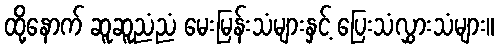
ထို့နောက် ဆူဆူညံညံ မေးမြန်းသံများနှင့် ပြေးသံလွှားသံများ။